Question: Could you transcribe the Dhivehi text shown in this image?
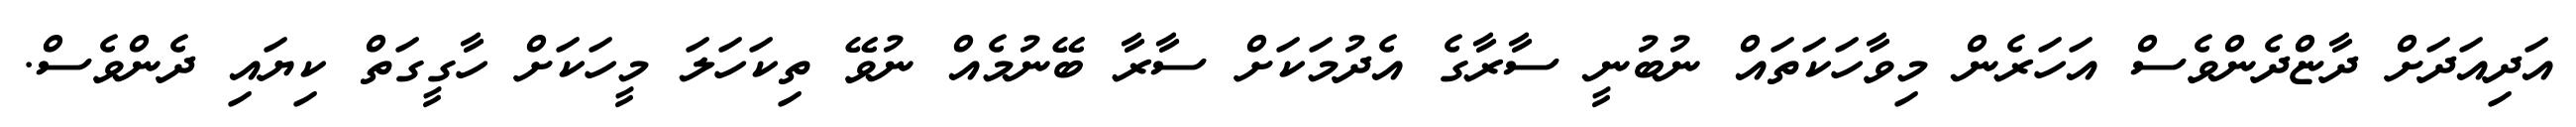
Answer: އަދިއަދަށް ދާޏްދެންވެސް އަހަރެން މިވާހަކަތައް ނުބުނީ ސާރާގެ އެދުމަކަށް ސާރާ ބޭނުމެއް ނުވޭ ތިކަހަލަ މީހަކަށް ހާގީގަތް ކިޔައި ދެންވެސް.